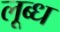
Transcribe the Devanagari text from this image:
लूब्ध